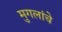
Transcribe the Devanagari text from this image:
मुगलांचे